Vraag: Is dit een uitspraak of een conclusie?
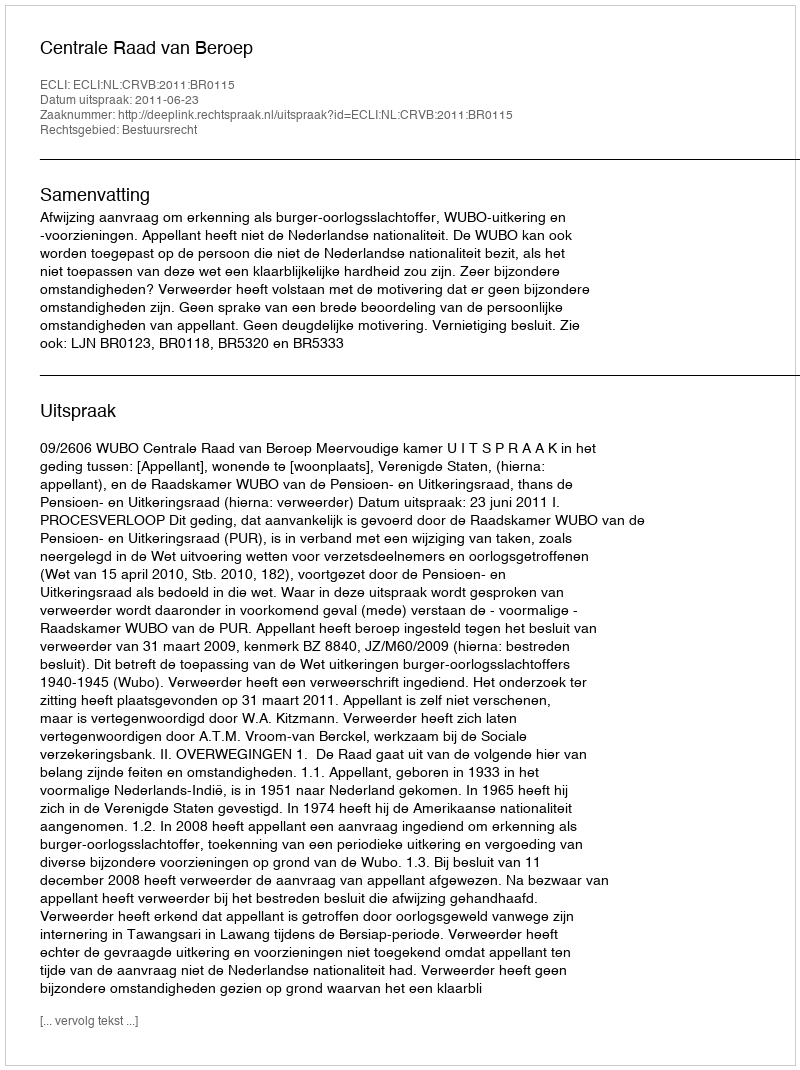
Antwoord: Uitspraak